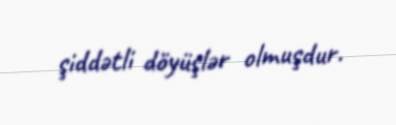
şiddətli döyüşlər olmuşdur.